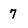
Character: 7